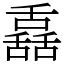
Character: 舙